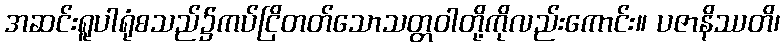
အဆင်းရူပါရုံစသည်၌ကပ်ငြိတတ်သောသတ္တဝါတို့ကိုလည်းကောင်း။ ပဇာနိဿတိ၊